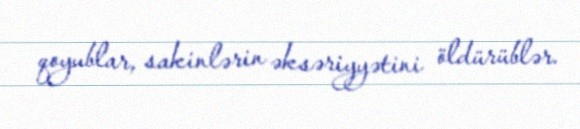
qoyublar, sakinlərin əksəriyyətini öldürüblər.